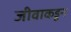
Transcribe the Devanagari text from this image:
जीवाकडून